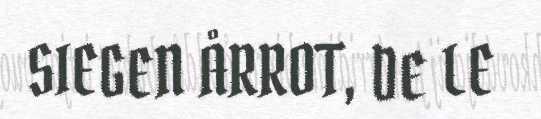
SIEGEN ÅRROT, DE LE